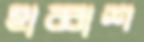
হাব্বাশ